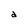
Character: d